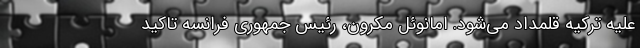
علیه ترکیه قلمداد می‌شود. امانوئل مکرون، رئیس جمهوری فرانسه تاکید